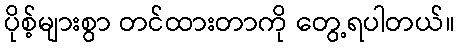
ပိုစ့်များစွာ တင်ထားတာကို တွေ့ရပါတယ်။